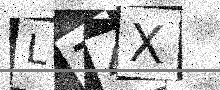
Text: L74X